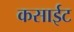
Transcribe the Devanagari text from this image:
कसाईट